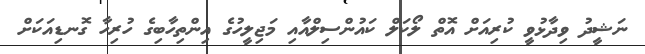
ނަޝީދު ވިދާޅުވީ ކުރިއަށް އޮތް ލޯކަލް ކައުންސިލްއާއި މަޖިލީހުގެ އިންތިހާބިގެ ހުރިހާ ގޮނޑިއަކަށް